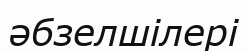
әбзелшілері